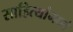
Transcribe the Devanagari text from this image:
साहित्यांमध्ये